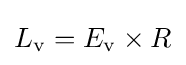
L_{\mathrm {v} }=E_{\mathrm {v} }\times R